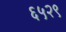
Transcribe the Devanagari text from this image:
६५२९